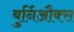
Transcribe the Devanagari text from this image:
बुर्निऔक्स